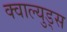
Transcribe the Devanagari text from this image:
क्वाल्युड्स